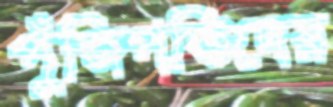
পুঁজিপতিদের